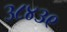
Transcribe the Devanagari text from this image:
३८४३९